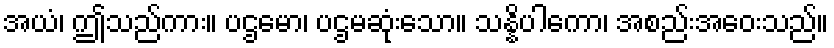
အယံ၊ ဤသည်ကား။ ပဌမော၊ ပဌမဆုံးသော။ သန္နိပါကော၊ အစည်းအဝေးသည်။